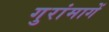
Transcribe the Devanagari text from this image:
गुरांमागें